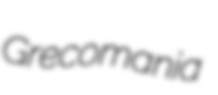
Grecomania